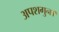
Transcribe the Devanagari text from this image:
अपशगुन।